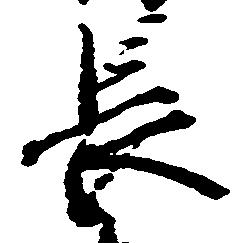
長